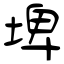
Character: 埤